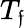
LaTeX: T_{\mathfrak{f}}